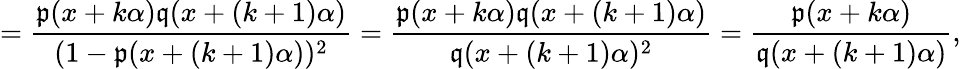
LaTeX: =\frac{\mathfrak{p}(x+k\alpha)\mathfrak{q}(x+(k+1)\alpha)}{(1-\mathfrak{p}(x+(k+1)\alpha))^{2}}=\frac{\mathfrak{p}(x+k\alpha)\mathfrak{q}(x+(k+1)\alpha)}{\mathfrak{q}(x+(k+1)\alpha)^{2}}=\frac{\mathfrak{p}(x+k\alpha)}{\mathfrak{q}(x+(k+1)\alpha)},